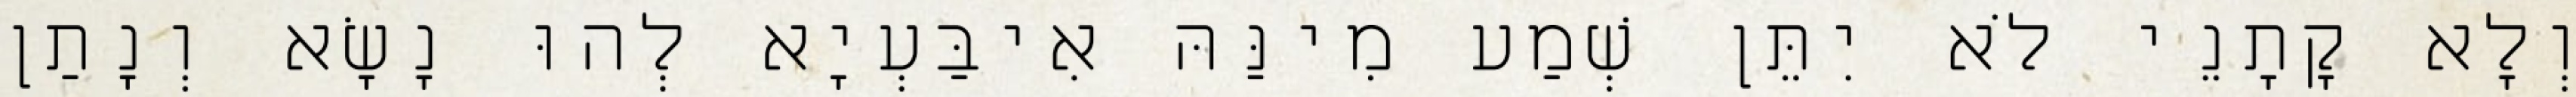
וְלָא קָתָנֵי לֹא יִתֵּן שְׁמַע מִינַּהּ אִיבַּעְיָא לְהוּ נָשָׂא וְנָתַן